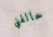
حالفني